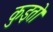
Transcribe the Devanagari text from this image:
कुइतो